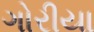
ગોરીયા